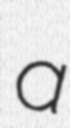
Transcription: a